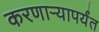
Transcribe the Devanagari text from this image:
करणाऱ्यापर्यंत